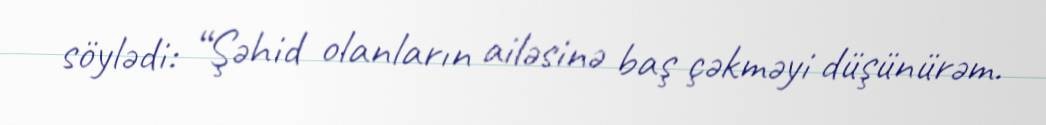
söylədi: “Şəhid olanların ailəsinə baş çəkməyi düşünürəm.